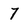
Character: 7